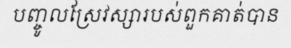
បញ្ចូលស្រែវស្សារបស់ពួកគាត់បាន